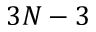
3 N - 3